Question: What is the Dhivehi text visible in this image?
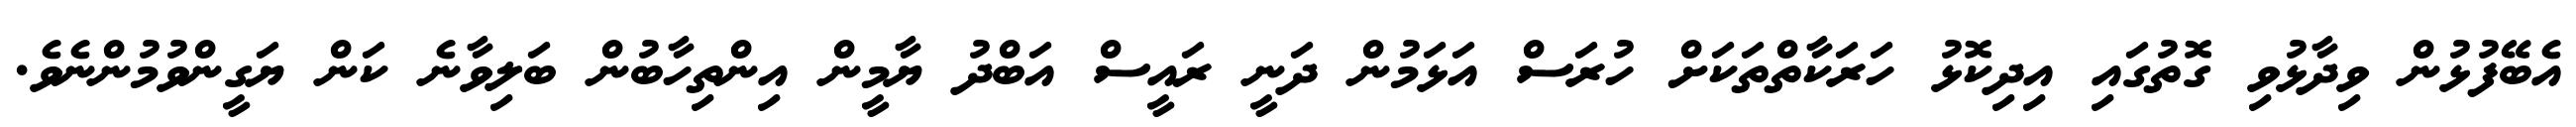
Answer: އެބޭފުޅުން ވިދާޅުވި ގޮތުގައި އިދިކޮޅު ހަރަކާތްތަކަށް ހުރަސް އަޅަމުން ދަނީ ރައީސް އަބްދު ޔާމީން އިންތިހާބުން ބަލިވާނެ ކަން ޔަގީންވުމުންނެވެ.